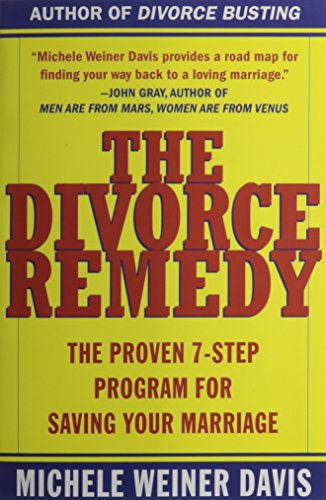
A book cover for The Divorce Remedy: The Proven 7-Step Program for Saving Your Marriage; Michele Weiner Davis; Parenting & Relationships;